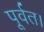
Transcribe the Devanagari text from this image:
पूर्वत।